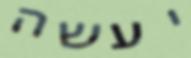
יעשה